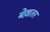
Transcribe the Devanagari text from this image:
बेख़तर